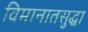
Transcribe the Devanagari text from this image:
विमानातसुद्धा